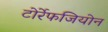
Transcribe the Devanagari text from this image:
टोर्रेफजियोन